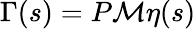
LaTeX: \Gamma(s)=P\mathcal M\eta(s)